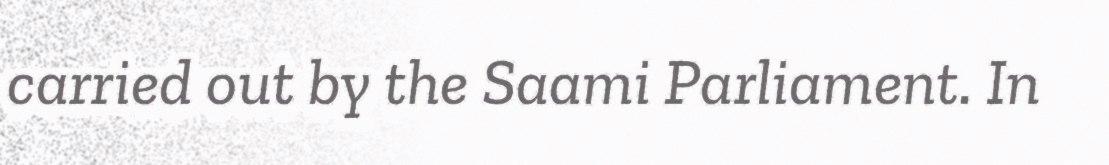
carried out by the Saami Parliament. In